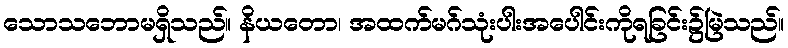
သောသဘောမရှိသည်။ နိယတော၊ အထက်မဂ်သုံးပါးအပေါင်းကိုရခြင်း၌မြဲသည်။